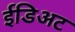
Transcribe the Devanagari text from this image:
ईडिअट